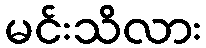
မင်းသိလား